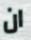
ان